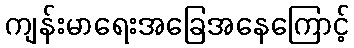
ကျန်းမာရေးအခြေအနေကြောင့်